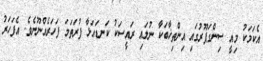
އެކަމަކު މިއީ ސިންގަޕޫރުގައި އިންތިޚާބަކާ ނުލައި ރައީސަކު ކަނޑައަޅާ ފުރަތަމަ ފަހަރެއްނޫނެވެ. އެފަހަރު